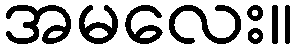
အမလေး။